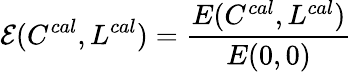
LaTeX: \mathcal{E}(C^{cal},L^{cal})=\frac{E(C^{cal},L^{cal})}{E(0,0)}